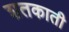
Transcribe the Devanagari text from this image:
शतकाती